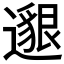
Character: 𨗿